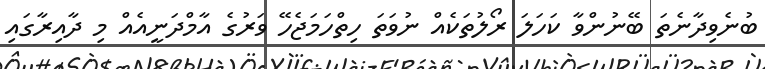
ބުނެވިދާނެތަ ބޭނުންވާ ކަހަލަ ރޯލުތަކެއް ނުވަތަ ހިތްހަމަޖެހޭ ވަރުގެ އާމްދަނީއެއް މި ދާއިރާގައި